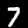
Label: 7